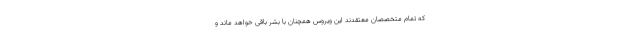
که تمام متخصصان معتقدند این ویروس همچنان با بشر باقی خواهد ماند و